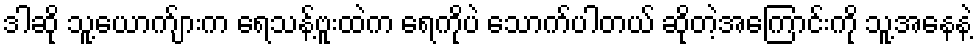
ဒါဆို သူ့ယောက်ျားက ရေသန့်ဗူးထဲက ရေကိုပဲ သောက်ပါတယ် ဆိုတဲ့အကြောင်းကို သူ့အနေနဲ့